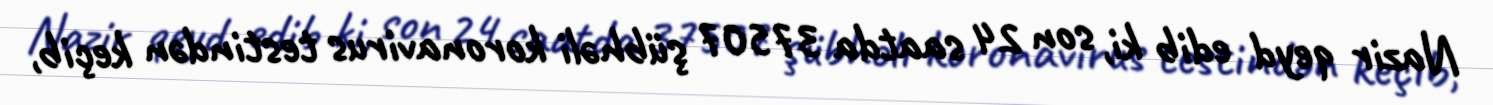
Nazir qeyd edib ki, son 24 saatda 37507 şübhəli koronavirus testindən keçib,